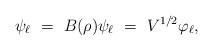
LaTeX: \begin{align*}\psi _{\ell }\ =\ B(\rho )\psi _{\ell }\ =\ V^{1/2}{\varphi }_{\ell },\end{align*}